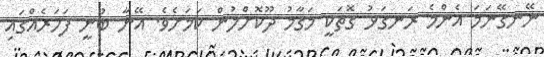
ނޭނގޭނަމަ އެންމެ ރަނގަޅު ގޮތަކީ މަގާމު ދޫކޮށްލުން ކަމަށެވެ. އޭނާ ބުނީ ފަހަރެއްގައި